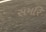
સમરિ